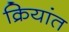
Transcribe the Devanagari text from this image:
क्रियांत